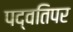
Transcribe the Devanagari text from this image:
पद्वतिपर